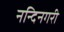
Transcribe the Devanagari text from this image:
नन्दिनगरी